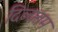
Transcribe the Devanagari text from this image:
दिव्यतम